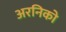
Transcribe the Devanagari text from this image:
अरनिको